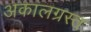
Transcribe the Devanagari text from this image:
अकालग्रस्त